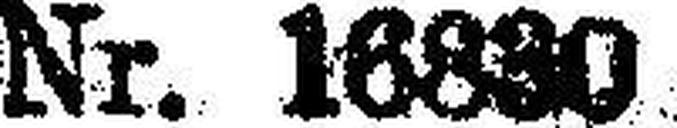
Nr. 16830